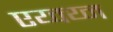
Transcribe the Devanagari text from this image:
एय्क्य्न